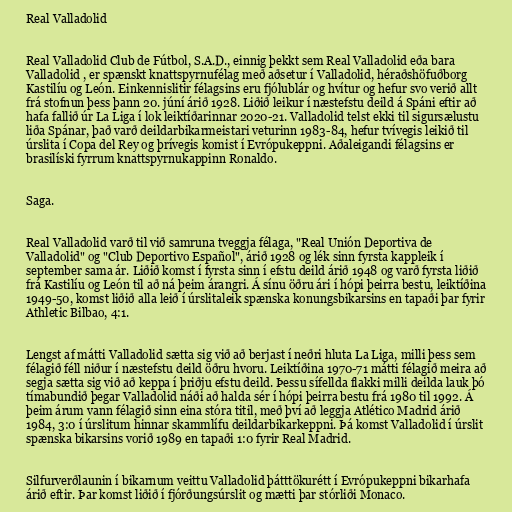
Real Valladolid

Real Valladolid Club de Fútbol, S.A.D., einnig þekkt sem Real Valladolid eða bara
Valladolid , er spænskt knattspyrnufélag með aðsetur í Valladolid, héraðshöfuðborg
Kastilíu og León. Einkennislitir félagsins eru fjólublár og hvítur og hefur svo verið allt
frá stofnun þess þann 20. júní árið 1928. Liðið leikur í næstefstu deild á Spáni eftir að
hafa fallið úr La Liga í lok leiktíðarinnar 2020-21. Valladolid telst ekki til sigursælustu
liða Spánar, það varð deildarbikarmeistari veturinn 1983-84, hefur tvívegis leikið til
úrslita í Copa del Rey og þrívegis komist í Evrópukeppni. Aðaleigandi félagsins er
brasilíski fyrrum knattspyrnukappinn Ronaldo.

Saga.

Real Valladolid varð til við samruna tveggja félaga, "Real Unión Deportiva de
Valladolid" og "Club Deportivo Español", árið 1928 og lék sinn fyrsta kappleik í
september sama ár. Liðið komst í fyrsta sinn í efstu deild árið 1948 og varð fyrsta liðið
frá Kastilíu og León til að ná þeim árangri. Á sínu öðru ári í hópi þeirra bestu, leiktíðina
1949-50, komst liðið alla leið í úrslitaleik spænska konungsbikarsins en tapaði þar fyrir
Athletic Bilbao, 4:1.

Lengst af mátti Valladolid sætta sig við að berjast í neðri hluta La Liga, milli þess sem
félagið féll niður í næstefstu deild öðru hvoru. Leiktíðina 1970-71 mátti félagið meira að
segja sætta sig við að keppa í þriðju efstu deild. Þessu sífellda flakki milli deilda lauk þó
tímabundið þegar Valladolid náði að halda sér í hópi þeirra bestu frá 1980 til 1992. Á
þeim árum vann félagið sinn eina stóra titil, með því að leggja Atlético Madrid árið
1984, 3:0 í úrslitum hinnar skammlífu deildarbikarkeppni. Þá komst Valladolid í úrslit
spænska bikarsins vorið 1989 en tapaði 1:0 fyrir Real Madrid.

Silfurverðlaunin í bikarnum veittu Valladolid þátttökurétt í Evrópukeppni bikarhafa
árið eftir. Þar komst liðið í fjórðungsúrslit og mætti þar stórliði Monaco.